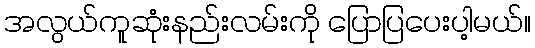
အလွယ်ကူဆုံးနည်းလမ်းကို ပြောပြပေးပါ့မယ်။